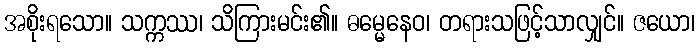
အစိုးရသော။ သက္ကဿ၊ သိကြားမင်း၏။ ဓမ္မေနေဝ၊ တရားသဖြင့်သာလျှင်။ ဇယော၊